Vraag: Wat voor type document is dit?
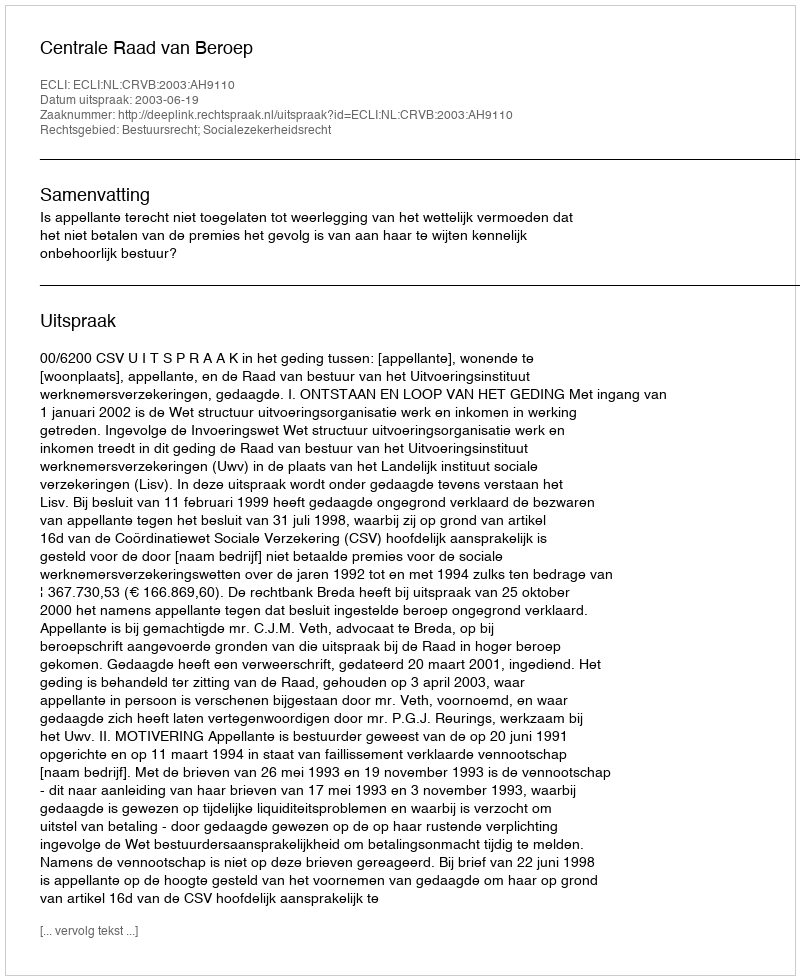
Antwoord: Uitspraak